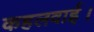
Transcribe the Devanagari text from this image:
कहलवाई।